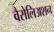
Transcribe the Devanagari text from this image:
वैरोलिअशन